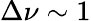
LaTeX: \Delta\nu\sim 1